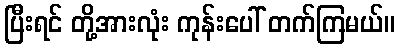
ပြီးရင် တို့အားလုံး ကုန်းပေါ် တက်ကြမယ်။